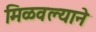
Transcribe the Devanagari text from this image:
मिळवल्याने